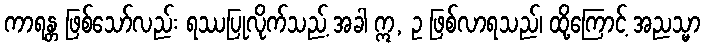
ကာရန္တ ဖြစ်သော်လည်း ရဿပြုလိုက်သည့် အခါ ဣ, ဥ ဖြစ်လာရသည်၊ ထို့ကြောင့် အညသ္မာ